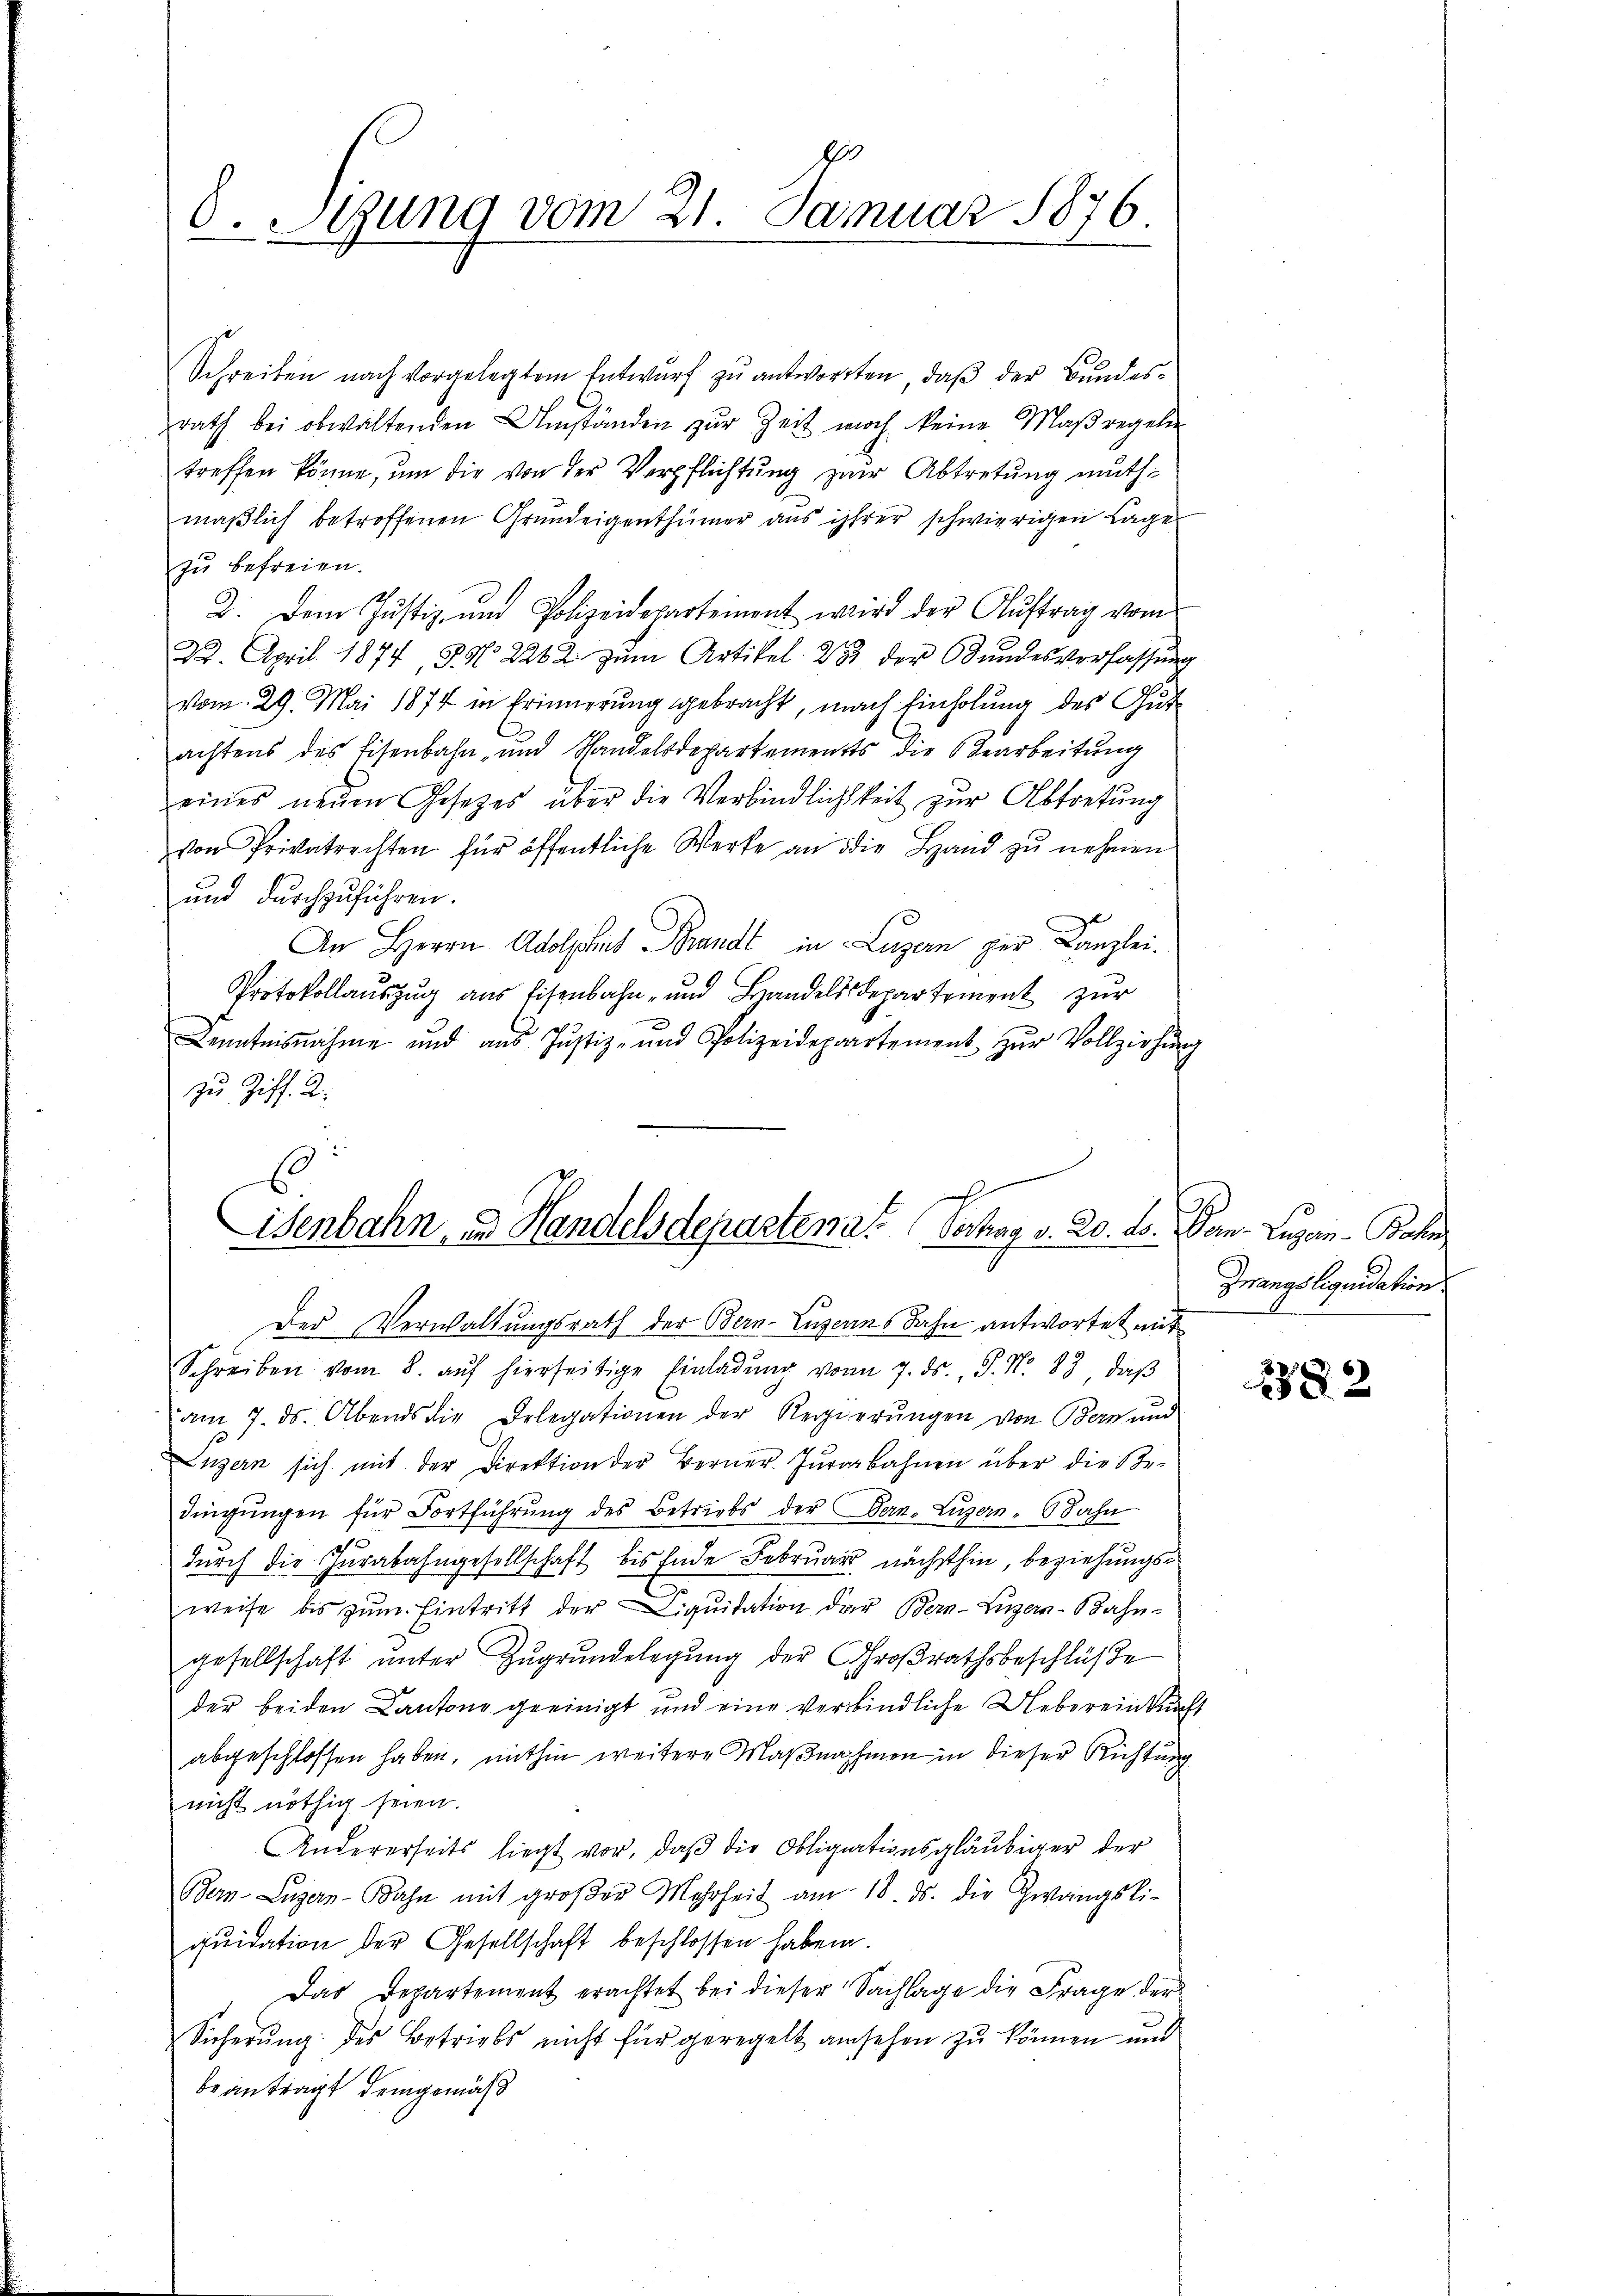
d. Stung vom 21. Januar 1876.

Schreiben nach vorgelegtem Entwurf zu antworten, daß der Bundesrath bei obwaltenden Umständen zur Zeit noch keine Maßregeln
treffen könne, um die von der Verpflichtung zur Abtretung muthmäßlich betroffenen Grundeigenthümer aus ihrer schwierigen Lage
zu befreien.
2. Dem Justiz- und Polizeidepartement wird der Auftrag vom
22. April 1874, S. N. 2262 zŭm Artikel 23 der Bŭndesverfassŭng
vom 29. Mai 1874 in Erinnerung gebracht, nach Einholung des Gutachtens des Eisenbahn, und Handelsdepartements die Bearbeitŭng
eines neuen Gesetzes über die Verbindlichkeit zur Abtretung
von Privatrechten für öffentliche Werke an die Hand zŭ nehmen
und durchzuführen.
An Herrn Adolphes Brandt in Luzern per Kanzlei.
Protokollaŭszŭg aŭs Eisenbahn- und Handelsdepartement zŭr
Denntnisnahme und aus Justiz- und Polizeidepartement zŭr Vollziehŭng
zu Ziff. 2:
Der Verwaltungsrath der Bern-Luzerns Jahn antwortet mit
Schreiben vom 8. aŭf hierseitige Einladŭng vom 7. ds., S. Nr. 83, daβ
u
am 7. ds. Abends die Delegationen der Regierŭngen von Bern und
Luzern sich mit der Direktion der Berner Jurarbahnen über die Be-
dingŭngen für Fortführŭng des Betriebs der Bern, Luzern, Bahn
durch die Jurabahngesellschaft bis Ende Februar nächsthin, beziehungsweise bis zŭm Eintritt der Liqŭidation der Bern-Luzern-Bahn-
gesellschaft ŭnter Zugrundelegung der Großrathsbeschlüße
der beiden Cantone geeinigt und eine verbindliche Uebereinkunft
abgeschlossen haben, mithin weitere Maßnahmen in dieser Richtung
nicht nöthig seien.
Andererseits liegt vor, daβ die Obligationsgläubiger der
Bern Luzern-Bahn mit groβer Mehrheit am 18. ds. die Zwangsli-
quidation der Gesellschaft beschlossen haben.
Das Departement erachtet bei dieser Sachlage die Frage der
Sicherŭng des Betriebs nicht für geregelt ansehen zŭ können und
beantragt demgemäß

.
Esenbahn- u. Handelsdepartenat Schaa v. 20. ds. Bern. Luzern - Bahn

Zwangsliquidation

2382